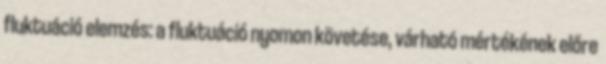
fluktuáció elemzés: a fluktuáció nyomon követése, várható mértékének előre